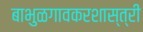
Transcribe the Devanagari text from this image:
बाभुळगावकरशास्त्री